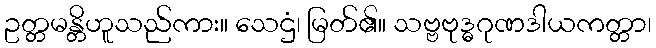
ဥတ္တမန္တိဟူသည်ကား။ သေဌံ၊ မြတ်၏။ သဗ္ဗဗုဒ္ဓဂုဏဒါယကတ္တာ၊